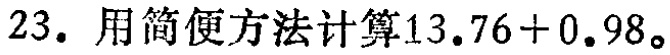
23. 用简便方法计算$13.76 + 0.98$。